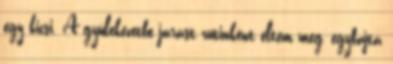
egy kicsi. A gyülekezetbe járást rutinként éltem meg, egyfajta